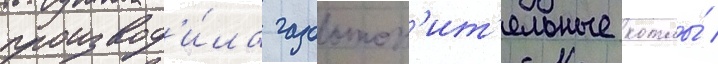
производ'и́ла газоотоп'ит'ельные котлы́ /